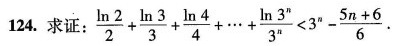
124.求证： $$\frac { \ln 2 } { 2 } + \frac { \ln 3 } { 3 } + \frac { \ln 4 } { 4 } + …+ \frac { \ln 3^ { n } } { 3 ^ { n } } < 3 ^ { n } - \frac { 5 n + 6 } { 6 }$$.